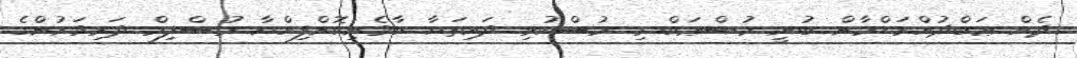
ދެން ޢަބްދުއްރަޙްމާން ބުނީ މުޞްޢަބް މި މުސްކުޅި ދައިތަޔާ ކާވެނިކޮށްފިއްޔާ މުސްލިމް ދަރިވަރުންގެ